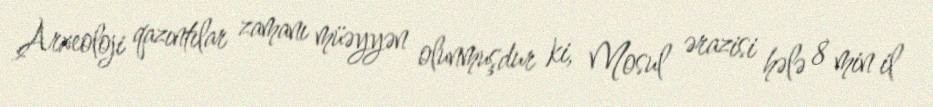
Arxeoloji qazıntılar zamanı müəyyən olunmuşdur ki, Mosul ərazisi hələ 8 min il